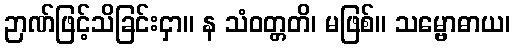
ဉာဏ်ဖြင့်သိခြင်းငှာ။ န သံဝတ္တတိ၊ မဖြစ်။ သမ္ဗောဓာယ၊